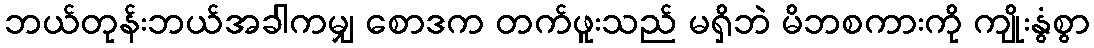
ဘယ်တုန်းဘယ်အခါကမျှ စောဒက တက်ဖူးသည် မရှိဘဲ မိဘစကားကို ကျိုးနွံစွာ